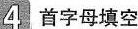
4首字母填空